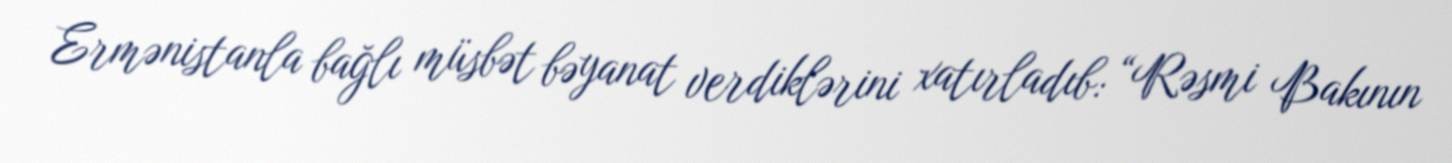
Ermənistanla bağlı müsbət bəyanat verdiklərini xatırladıb: “Rəsmi Bakının